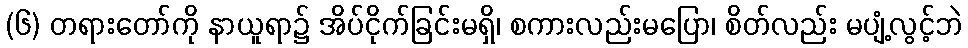
(၆) တရားတော်ကို နာယူရာ၌ အိပ်ငိုက်ခြင်းမရှိ၊ စကားလည်းမပြော၊ စိတ်လည်း မပျံ့လွင့်ဘဲ